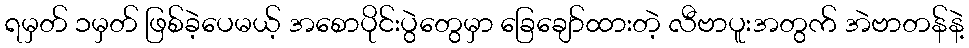
ရမှတ် ၁မှတ် ဖြစ်ခဲ့ပေမယ့် အစောပိုင်းပွဲတွေမှာ ခြေချော်ထားတဲ့ လီဗာပူးအတွက် အဲဗာတန်နဲ့